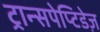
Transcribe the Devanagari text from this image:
ट्रान्सपेप्टिडेज़